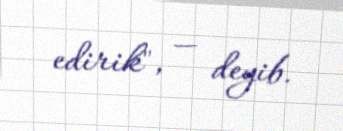
edirik", — deyib.